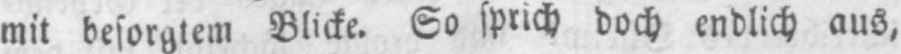
mit besorgtem Blicke. So sprich doch endlich aus,